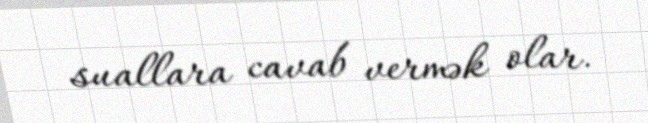
suallara cavab vermək olar.